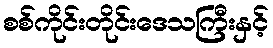
စစ်ကိုင်းတိုင်းဒေသကြီးနှင့်